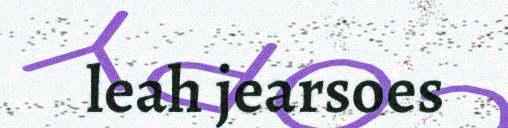
leah jearsoes